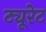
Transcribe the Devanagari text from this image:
ट्यूरेट